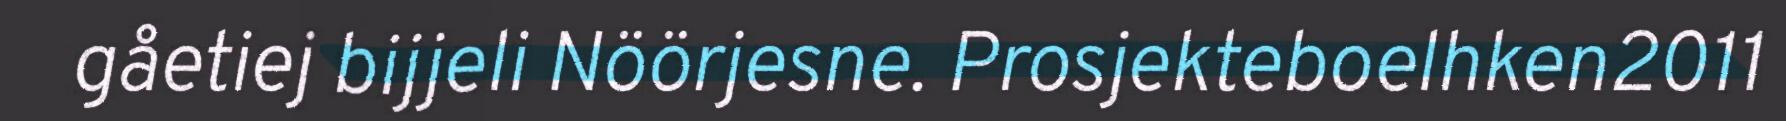
gåetiej bijjeli Nöörjesne. Prosjekteboelhken2011